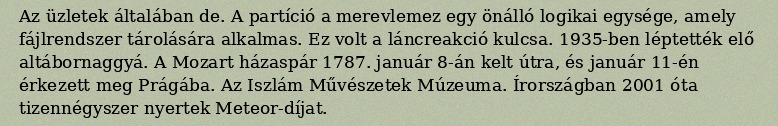
Az üzletek általában de. A partíció a merevlemez egy önálló logikai egysége, amely fájlrendszer tárolására alkalmas. Ez volt a láncreakció kulcsa. 1935-ben léptették elő altábornaggyá. A Mozart házaspár 1787. január 8-án kelt útra, és január 11-én érkezett meg Prágába. Az Iszlám Művészetek Múzeuma. Írországban 2001 óta tizennégyszer nyertek Meteor-díjat.